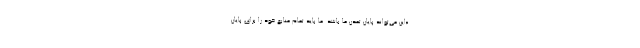
«این می‌تواند پایان تمدن ما باشد. ما باید تمام منابع خود را برای پایان